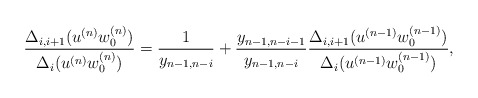
\begin{align*} \frac{\Delta_{i,i+1}(u^{(n)}w_0^{(n)})}{\Delta_i(u^{(n)}w_0^{(n)})}=\frac{1}{y_{n-1,n-i}}+\frac{y_{n-1,n-i-1}}{y_{n-1,n-i}}\frac{\Delta_{i,i+1}(u^{(n-1)}w_0^{(n-1)})}{\Delta_i(u^{(n-1)}w_0^{(n-1)})},\end{align*}